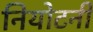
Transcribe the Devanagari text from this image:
नियोटनी